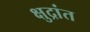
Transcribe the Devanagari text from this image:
क्षुद्रांत